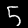
Digit: 5